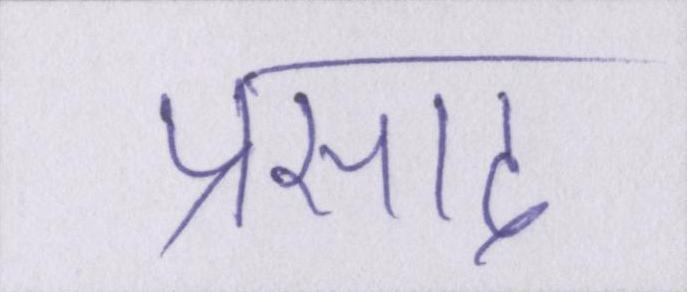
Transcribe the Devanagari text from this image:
प्रसाद